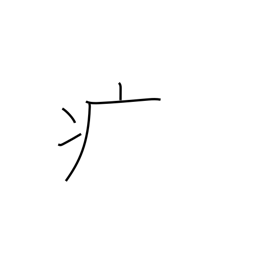
Meaning: sick radical (no. 104)